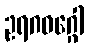
ဥရဂဝဂ္ဂေါ